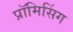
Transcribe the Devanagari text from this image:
प्रॉमिसिंग